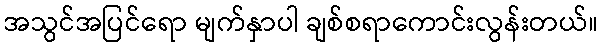
အသွင်အပြင်ရော မျက်နှာပါ ချစ်စရာကောင်းလွန်းတယ်။